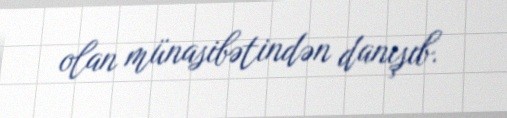
olan münasibətindən danışıb.